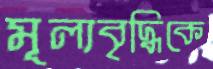
মূল্যবৃদ্ধিকে